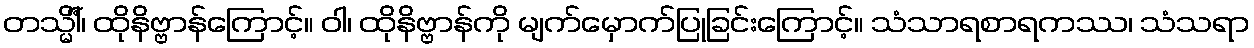
တသ္မိံါ်၊ ထိုနိဗ္ဗာန်ကြောင့်။ ဝါ၊ ထိုနိဗ္ဗာန်ကို မျက်မှောက်ပြုခြင်းကြောင့်။ သံသာရစာရကဿ၊ သံသရာ